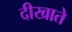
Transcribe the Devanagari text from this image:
दीखाते